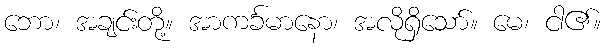
ဘော၊ အချင်းတို့။ အာကင်္ခမာနော၊ အလိုရှိသော်။ မေ၊ ငါ၏။